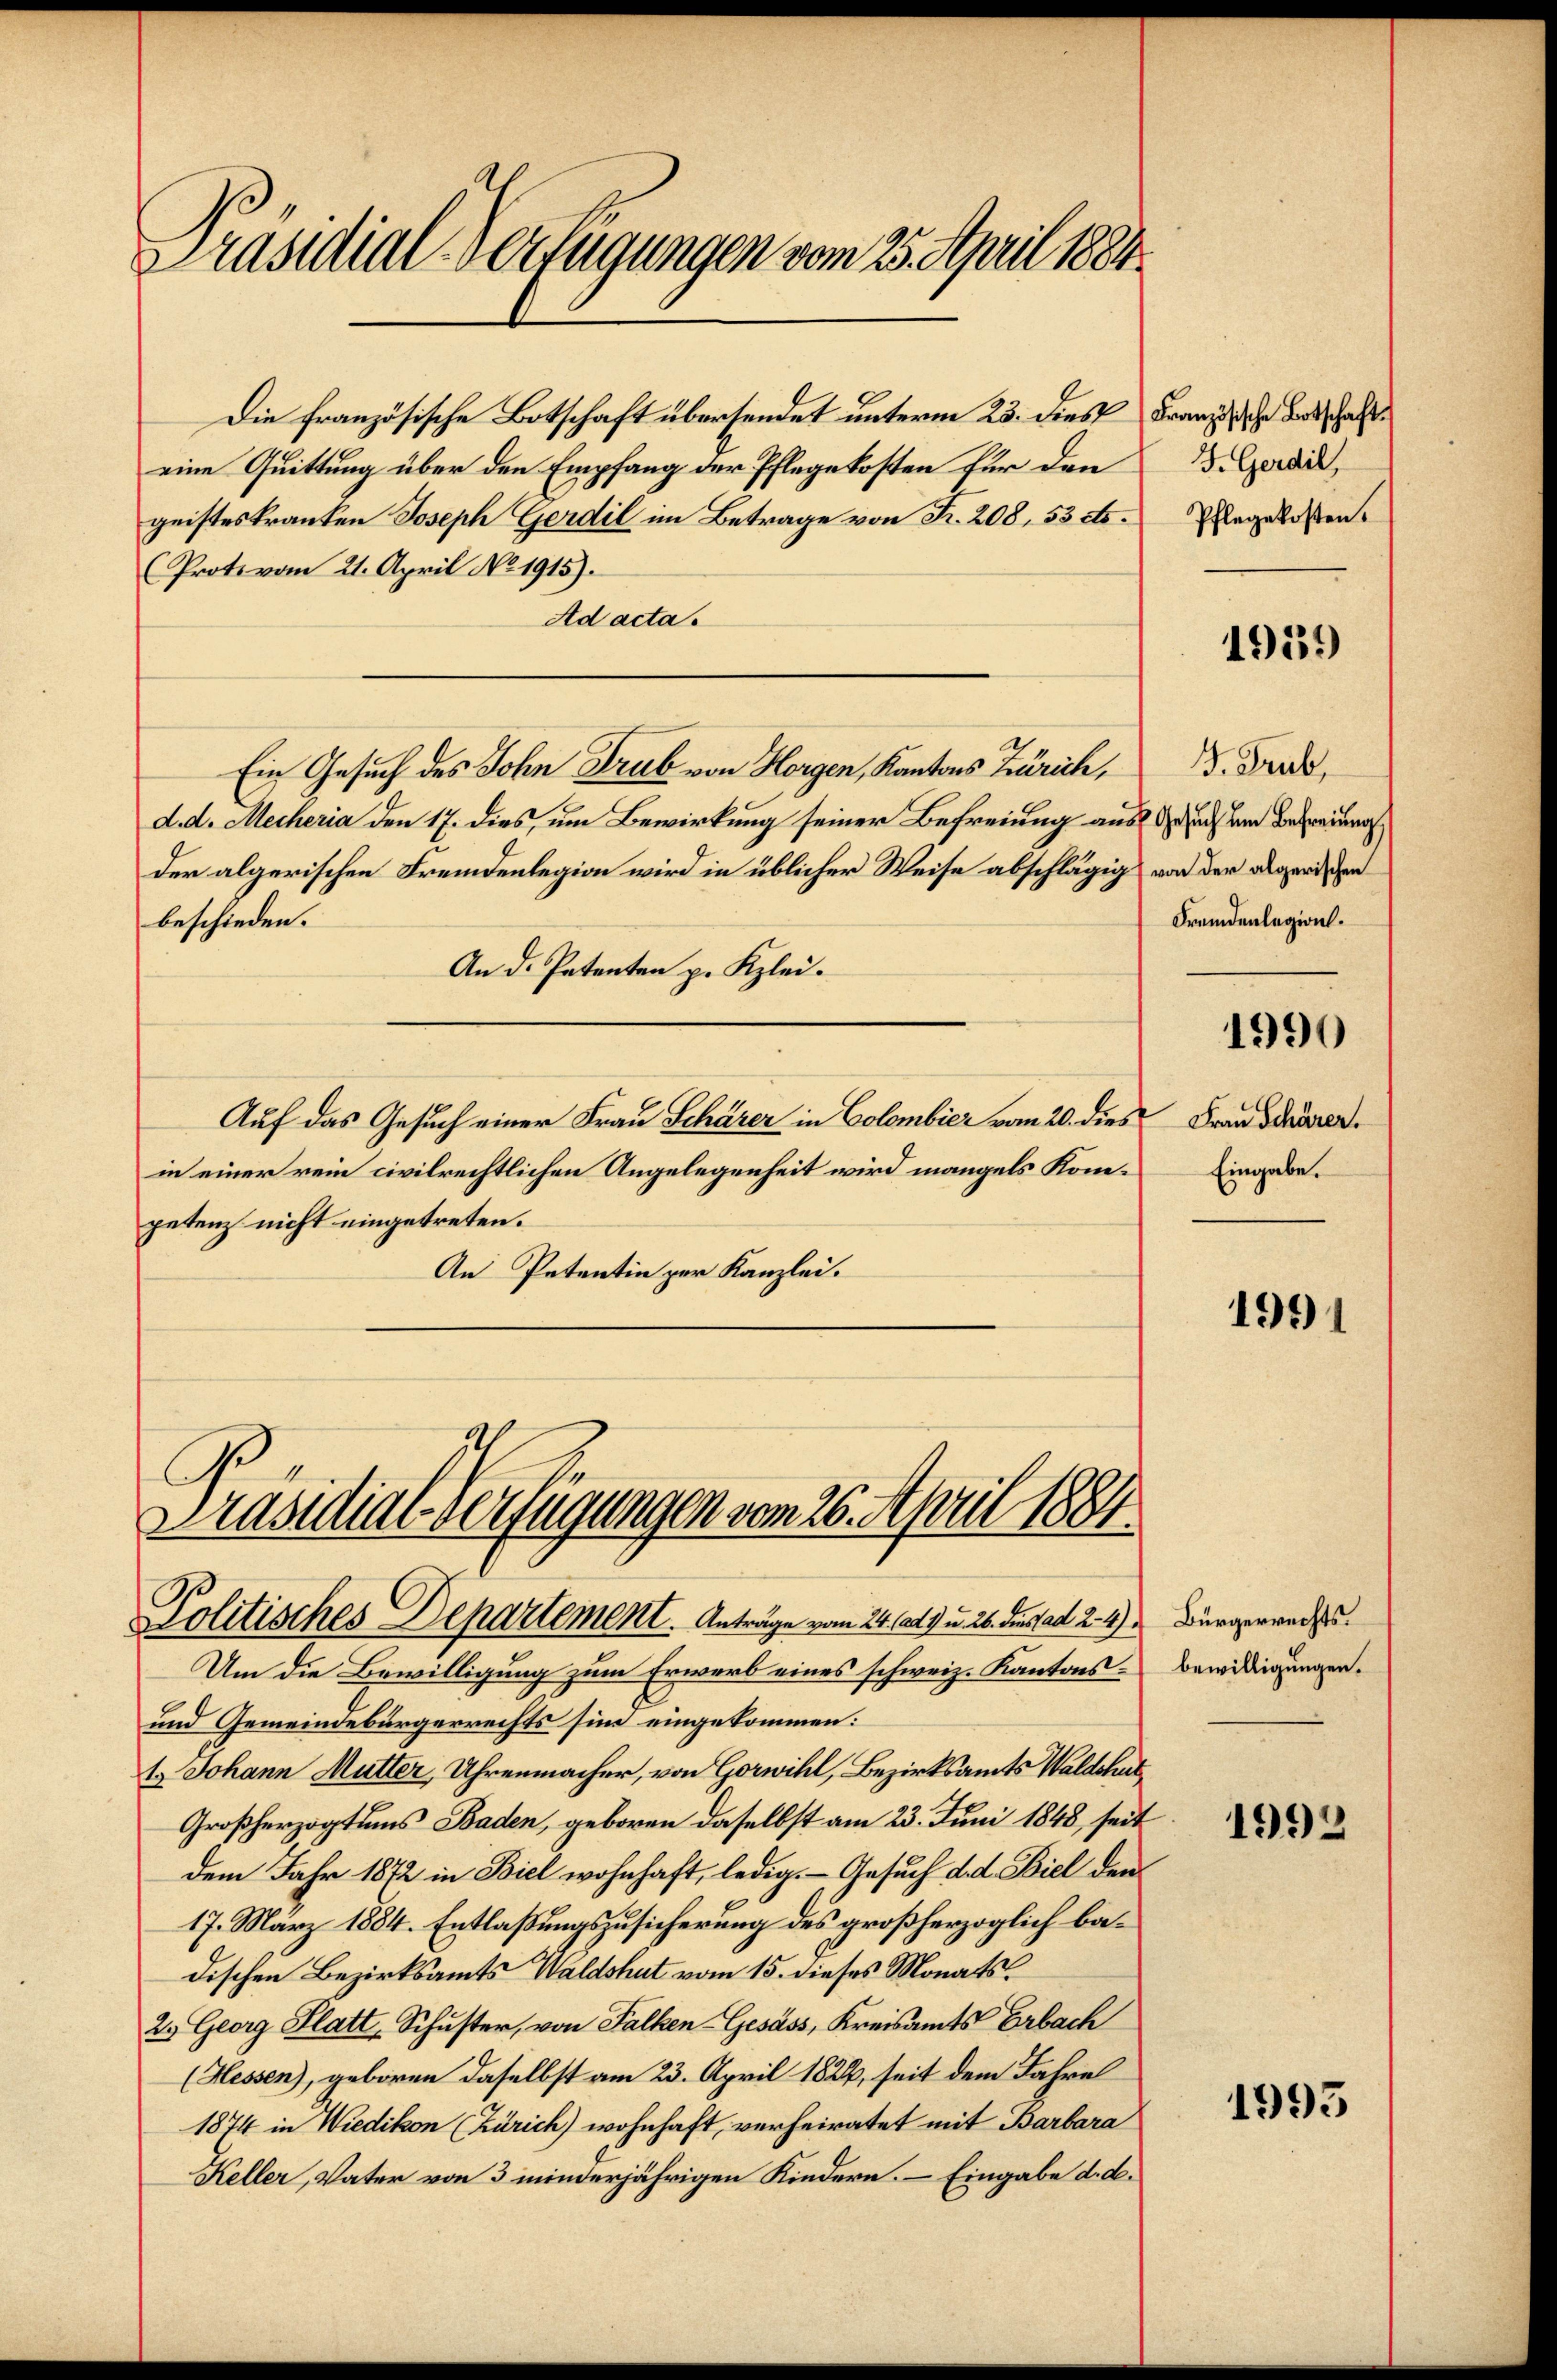
Präsidial-Verfügungen vom 25. April 1884.

Die französische Botschaft übersendet unterm 23. dies Franz ehr dortschaffeine Quittung über den Empfang der Pflegekosten für den
geisteskranken Joseph Gerdil im Betrage von R. 208, 53 etc.
(Protovom 21. April No 1915).
Ad acta.
Ein Gesuch des Sohn Drub von Horgen, Kantons Zürich,
d. d. Mecheria den 17. dies, um Bewirkung seiner Befreiung aus & durch dem Betreuungs
der algerischen Fremdenlegion wird in üblicher Weise abschlägig von der abgerischen
beschieden.
An d. Patenten p. Kzlei.
Auf das Gesuch einer Frau Schärer in Colombier vom 20. dies Frau dauren
in einer rein civilrechtlichen Angelegenheit wird mangels Kompetenz nicht eingetreten.
An Petentin per Kanzlei.
Präsidial-Verfügungen vom 26. April 1884

Politisches Departement. Anträge vom 24. Ad I u. 26. Dienstad 2. 4)

Um die Bewilligung zum Erwerb eines schweiz. Kantons¬
und Gemeindebürgerrechts sind eingekommen:
1.) Johann Mutter, Uhrenmacher, von Gorwill, Bezirksamts Waldshut
Großherzogtums Baden, geboren daselbst am 23. Juni 1848, seit
dem Jahr 1872 in Biel wohnhaft, ledig. Gesuch d. d. Biel den
17. März 1884. Entlaßungszusicherung des großherzoglich badischen Bezirksamts Waldshut vom 15. dieses Monats¬
2. Georg Platt, Schuster, von Falken-Gesäss, Kreisamts Erbach
(Hessen), geboren daselbst am 23. April 1822, seit dem Jahre
1874 in Wiedikon (Zürich) wohnhaft, verheiratet mit Barbara
Keller, Vater von 3 minderjährigen Kindern. – Eingabe d. d.

F. Gerdil,
Pflegekosten.

1931)

G. Trub,
Fremdenlegion.
1990
Eingabe.

1991

Bürgerrechts.
bewilligungen.

1993

1993